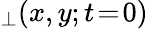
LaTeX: _{\perp}(x,y;t\! =\! 0)